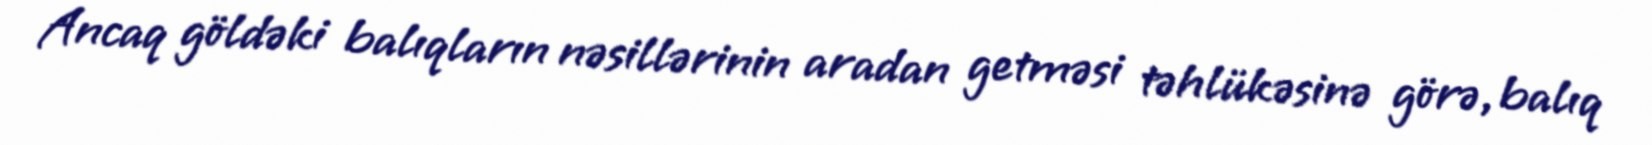
Ancaq göldəki balıqların nəsillərinin aradan getməsi təhlükəsinə görə, balıq